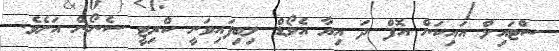
ސްޓައިލް އައިކަން އޮފް ދަ އިޔާ އެޥޯޑް ލިބިފައިވަނީ ކްރިޓީ ސެނޯން އަށެވެ.